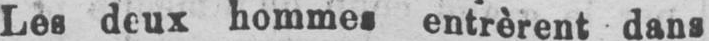
Les deux hommes entrèrent dans